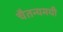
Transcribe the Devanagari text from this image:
चैतन्यमयी